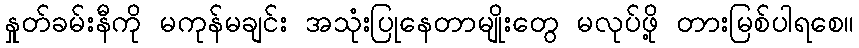
နှုတ်ခမ်းနီကို မကုန်မချင်း အသုံးပြုနေတာမျိုးတွေ မလုပ်ဖို့ တားမြစ်ပါရစေ။